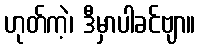
ဟုတ်ကဲ့၊ ဒီမှာပါခင်ဗျာ။